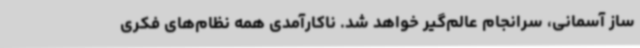
ساز آسمانی، سرانجام عالم‌گیر خواهد شد. ناکارآمدی همه نظام‌های فکری